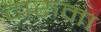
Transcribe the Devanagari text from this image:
दारुमा